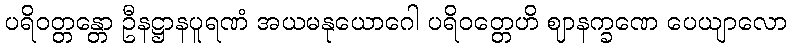
ပရိဝတ္တန္တော ဦနဋ္ဌာနပူရဏံ အယမနုယောဂေါ ပရိဝတ္တေဟိ ဈာနက္ခဏေ ပေယျာလော